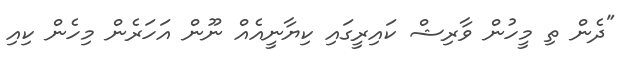
"ދެން ތި މީހުން ވާރިޝް ކައިރީގައި ކިޔާނީއެއް ނޫން އަހަރެން މިހެން ކިއި